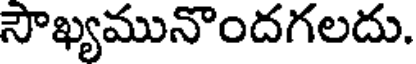
సౌఖ్యమునొందగలదు.